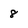
Character: 8